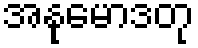
အနုမောဒတု